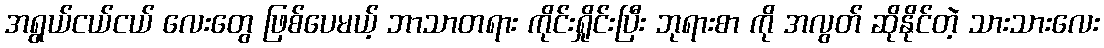
အရွယ်ငယ်ငယ် လေးတွေ ဖြစ်ပေမယ့် ဘာသာတရား ကိုင်းရှိုင်းပြီး ဘုရားစာ ကို အလွတ် ဆိုနိုင်တဲ့ သားသားလေး